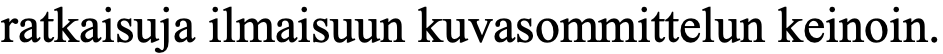
ratkaisuja ilmaisuun kuvasommittelun keinoin.